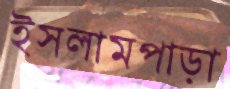
ইসলামপাড়া